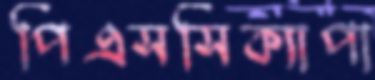
পিএসসিক্যাপা